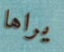
يراها